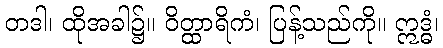
တဒါ၊ ထိုအခါ၌။ ဝိတ္ထာရိကံ၊ ပြန့်သည်ကို။ ဣဒ္ဓံ၊